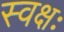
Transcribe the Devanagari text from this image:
स्वक्षः